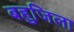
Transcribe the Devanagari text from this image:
बहुजिला